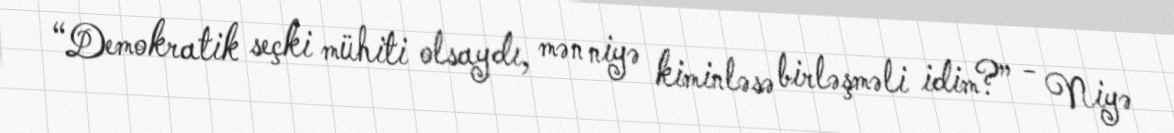
“Demokratik seçki mühiti olsaydı, mən niyə kiminləsə birləşməli idim?” - Niyə